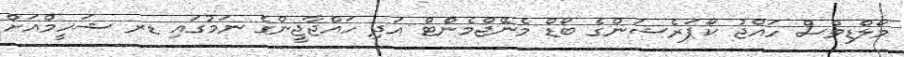
މޯލްޑިވްސް ހައްޖު ކޯޕަރެޝަންގެ ބޯޑް މެނޭޖްމެންޓް އަދި ހައްޖާޖީންގެ ނަމުގައި ޑރ ޝަހީމްއަށް